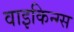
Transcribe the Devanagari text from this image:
वाइकिन्ग्स